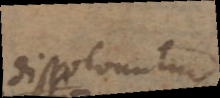
dissolvuntur